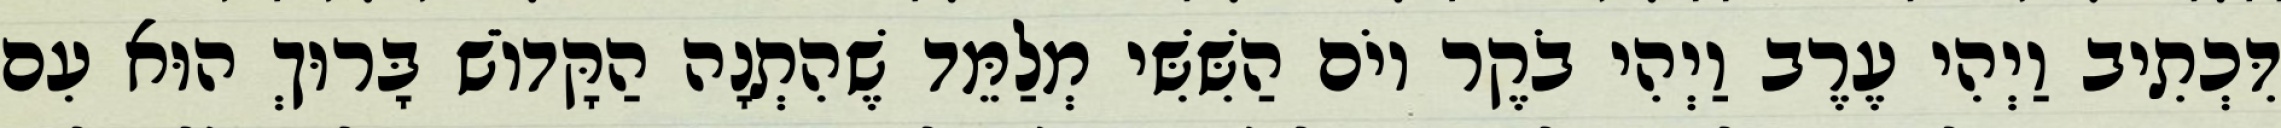
דִּכְתִיב וַיְהִי עֶרֶב וַיְהִי בֹקֶר יוֹם הַשִּׁשִּׁי מְלַמֵּד שֶׁהִתְנָה הַקָּדוֹשׁ בָּרוּךְ הוּא עִם